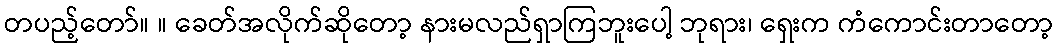
တပည့်တော်။ ။ ခေတ်အလိုက်ဆိုတော့ နားမလည်ရှာကြဘူးပေါ့ ဘုရား၊ ရှေးက ကံကောင်းတာတော့